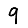
Digit: 9